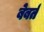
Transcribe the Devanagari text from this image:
बेबर्त